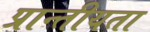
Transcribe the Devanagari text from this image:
प्रान्तीयता